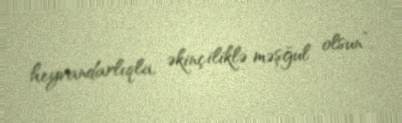
heyvandarlıqla, əkinçiliklə məşğul olsun”.